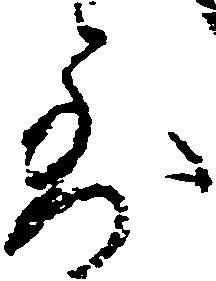
到